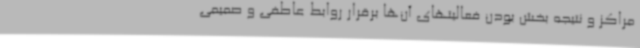
مراکز و نتیجه بخش بودن فعالیتهای آن‌ها برقرار روابط عاطفی و صمیمی